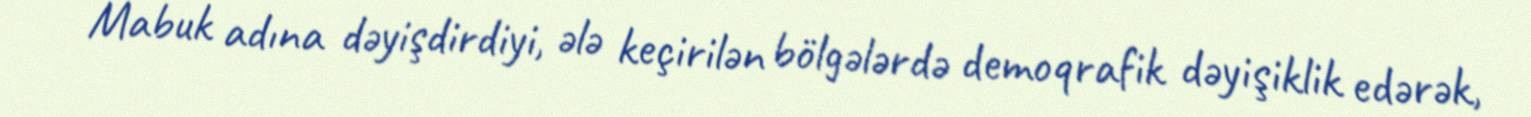
Mabuk adına dəyişdirdiyi, ələ keçirilən bölgələrdə demoqrafik dəyişiklik edərək,